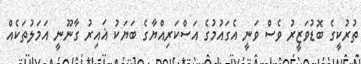
ތުރުކީގެ ބޮޑުވަޒީރު ވެސް ވަނީ އެގައުމުގެ އަސްކަރިއްޔާގެ ބަޔަކު ޣައިރު ގާނޫނީ އަމަލުތަކެއް